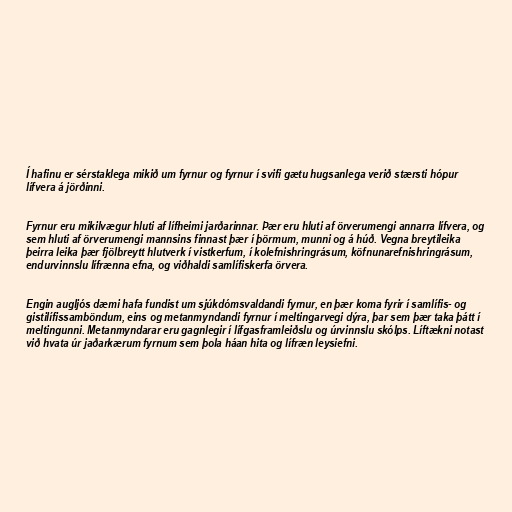
Í hafinu er sérstaklega mikið um fyrnur og fyrnur í svifi gætu hugsanlega verið stærsti hópur
lífvera á jörðinni.

Fyrnur eru mikilvægur hluti af lífheimi jarðarinnar. Þær eru hluti af örverumengi annarra lífvera, og
sem hluti af örverumengi mannsins finnast þær í þörmum, munni og á húð. Vegna breytileika
þeirra leika þær fjölbreytt hlutverk í vistkerfum, í kolefnishringrásum, köfnunarefnishringrásum,
endurvinnslu lífrænna efna, og viðhaldi samlífiskerfa örvera.

Engin augljós dæmi hafa fundist um sjúkdómsvaldandi fyrnur, en þær koma fyrir í samlífis- og
gistilífissamböndum, eins og metanmyndandi fyrnur í meltingarvegi dýra, þar sem þær taka þátt í
meltingunni. Metanmyndarar eru gagnlegir í lífgasframleiðslu og úrvinnslu skólps. Líftækni notast
við hvata úr jaðarkærum fyrnum sem þola háan hita og lífræn leysiefni.